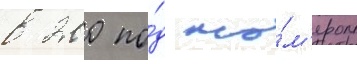
в 200 по́д но́м'ером